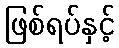
ဖြစ်ရပ်နှင့်